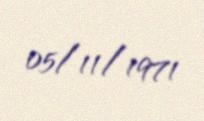
05/11/1971